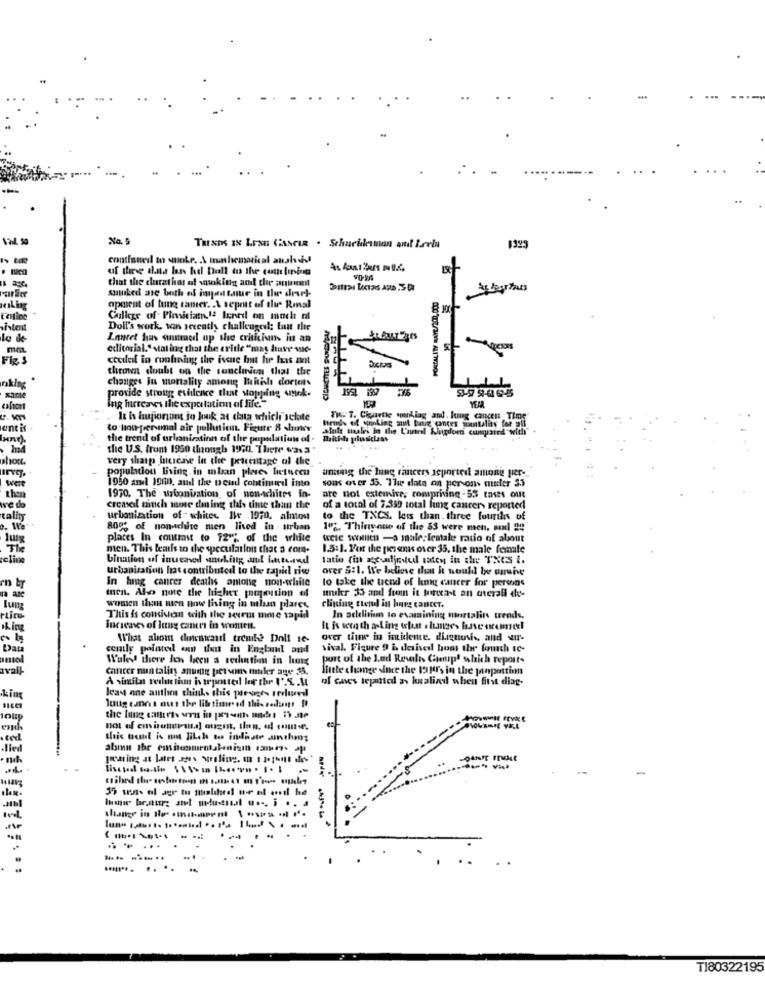
continued to sache. A mathematical anshad
uf durse ants less he bell to the cette lining
that the churatint of smoking and the antiem
suuked are both of impara taur in the drurl
opment of tung camer. . \ sepritt of the Real
College of- Pinviciam,12 leneil on much of
Doll's work, san recently challengeel; tan the
la de-
Innret has suutraed up the criticiuns in an
editorial." stating that the critic "mas have wie-
Figs
coudes in confuning the issue hout he has ant
Ductas
theoven doubt on the sonclinica that the
changes Ju mortality among mitih dorters
provide strong evidence that stopping smok.
1951 1962
LL
Ing hurcaves the exportation of life."
It is hujionsi to look at cha which schte
Tu T. Ckaartle .mnklag and. kung cances Time
entis
to ling-per onal air pollution. Figure 8 shuur
tens of wineking aut bang contes mentality for all
in the Cancel Klutploen cumpsind with"
the trend of urbanisation of the population of.
Haitida prlwsiclass
the US. from 1950 though 1960. There was 3
-----
phott.
very sharp hiciese In the pricestage of the
population living in mban places hetsecu
among the lung cancers asported among per-
were
the
1950 andl 1900, and the u cud continued into
sons over $5. The data on per ons muter $3
1970. The urbanisation of non-tchites in-
are not extemive, comprising -55 tasss out
ve do
creased much more dining this time than the
of a total of 7.350 total lung cancer, reported
tality
urbanization of -whites Bir 1970, altos
to the TXCS, less than. three fourils of
800% of non-chite men lived in . urban
1º2. Thingone of the 53 were men, sud !!! "
1utg
places In contrast to 72"", of the white
wele wollen -a male:lestale ratio of about
The
men. This leads to the speculation that a com.
1.5:1. For the perens over 35, the male female
eline
latin (int gevalindul tadoy in the TXCS i.
uthanisation has contributed to the rapid rise
over 5:1. We believe that it would be anune
In haug cancer deaths antong non-white
to take the trend of lung cancer for persons
tnen. Ale note the higher popution of
undker 33 and fun it forecast an overall dle-
women then men now living in milaan plares
clining ttemul in burg cancer.
This is comivan with the seem mme rapid
In aellisim to examining mortalits trends.
lucieaves of lung cancer in women.
What ahom cuienwand trente Doll 16-
over time in intieme. diagnosis, and stir-
Dau
contly pointed om das in England and
sival. Figure 9 & derived boas the fourth sc-
amol
Wales! there lon been a sechintim in hung
port of the J.ud Renvalis Ctenipt sshich reports
vall-
cancer nun talin anuing persons thuler age 35.
Sutte change since the tour, in the pinpottin
of canes tepanited as kualind wheni first diag-
least one antles thinks this pesets reoluvedl
king
10up
.ced
this beml is not Bitch to indiste anihm:
-Hled
..
-----
T180322195